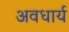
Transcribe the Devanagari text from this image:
अवधार्य